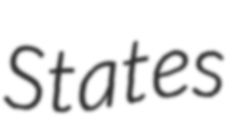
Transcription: States